Vaccination North-Western Provinces and Oudh 1896-1901 - 1896-1901
Year: 1896
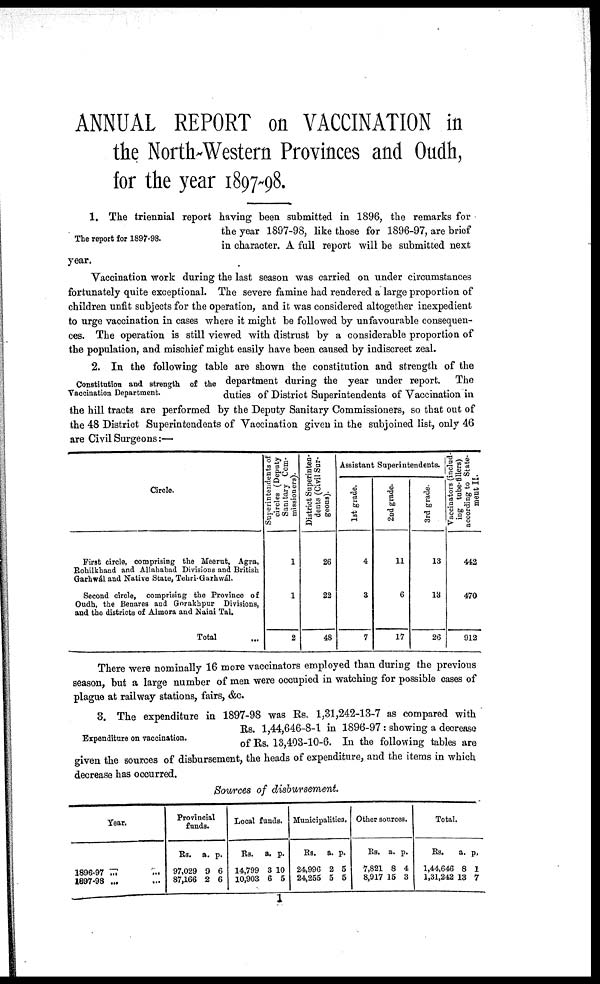
ANNUAL REPORT on VACCINATION in
the North-Western Provinces and Oudh,
for the year 1897-98.
The report for 1897-98.
1. The triennial report having been submitted in 1896, the remarks for
the year 1897-98, like those for 1896-97, are brief
in character. A full report will be submitted next
year.
Vaccination work during the last season was carried on under circumstances
fortunately quite exceptional. The severe famine had rendered a large proportion of
children unfit subjects for the operation, and it was considered altogether inexpedient
to urge vaccination in cases where it might be followed by unfavourable consequen-
ces. The operation is still viewed with distrust by a considerable proportion of
the population, and mischief might easily have been caused by indiscreet zeal.
Constitution and strength of the
Vaccination Department.
2. In the following table are shown the constitution and strength of the
department during the year under report. The
duties of District Superintendents of Vaccination in
the hill tracts are performed by the Deputy Sanitary Commissioners, so that out of
the 48 District Superintendents of Vaccination given in the subjoined list, only 46
are Civil Surgeons:—
Circle.
First circle, comprising the Meerut, Agra,
Rohilkhand and Allahabad Divisions and British
Garhwál and Native State, Tehri-Garhwál.
Second circle, comprising the Province of
Oudh, the Benares and Gorakhpur Divisions,
and the districts of Almora and Naini Tal.
Total ...
Superintendents of
circles (Deputy
Sanitary Com-
missioners).
1
1
2
District Superinten-
dents (Civil Sur-
geons).
26
22
48
Assistant Superintendents.
1st grade.
4
3
7
2nd grade.
11
6
17
3rd grade.
13
13
26
Vaccinators (includ
ing tube-fillers)
according to State-
ment II.
442
470
912
There were nominally 16 more vaccinators employed than during the previous
season, but a large number of men were occupied in watching for possible cases of
plague at railway stations, fairs, &c.
Expenditure on vaccination.
3. The expenditure in 1897-98 was Rs. 1,31,242-13-7 as compared with
Rs. 1,44,646-8-1 in 1896-97 : showing a decrease
of Rs. 13,403-10-6. In the following tables are
given the sources of disbursement, the heads of expenditure, and the items in which
decrease has occurred.
Sources of disbursement.
Year.
1896-97 771
1897-98 ...
Provincial
funds.
Rs.
97,029
87,166
a.
9
2
p.
6
6
Local funds.
Rs.
14,799
10,903
a.
3
6
p.
10
5
Municipalities.
Rs.
24,996
24,255
a.
2
5
p.
5
5
Other sources.
Rs.
7,821
8,917
a.
8
15
p.
4
3
Total.
Rs.
1,44,646
1,31,242
a.
8
13
p.
1
7
1